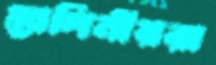
স্তালিনীয়রা